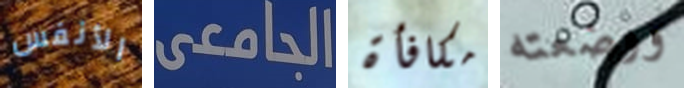
الأنفس الجامعى مكافأة ووضعته